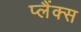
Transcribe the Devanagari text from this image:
प्लैंक्स